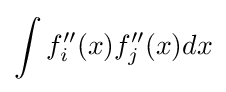
\int f_{i}''(x)f_{j}''(x)dx